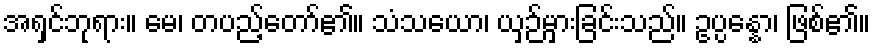
အရှင်ဘုရား။ မေ၊ တပည့်တော်၏။ သံသယော၊ ယှဉ်မှားခြင်းသည်။ ဥပ္ပန္နော၊ ဖြစ်၏။